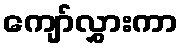
ကျော်လွှားကာ